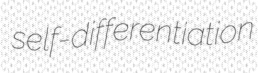
self-differentiation